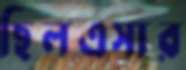
ছিলএসার